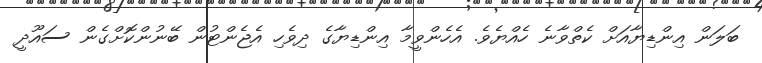
ބަލަން އިންޑިޔާއަށް ކެތްވާނެ ހެއްޔެވެ. އެހެންވީމާ އިންޑިޔާގެ ދިވެހި އެޖެންޓުން ބޭނުންކޮށްގެން ސައޫދީ